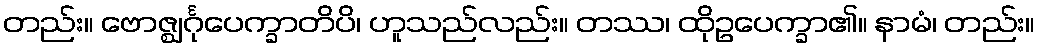
တည်း။ ဗောဇ္ဈင်္ဂုပေက္ခာတိပိ၊ ဟူသည်လည်း။ တဿ၊ ထိုဥပေက္ခာ၏။ နာမံ၊ တည်း။